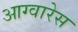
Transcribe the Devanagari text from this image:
आग्वारेस